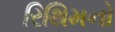
રિથિમનો